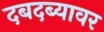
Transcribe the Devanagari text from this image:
दबदब्यावर